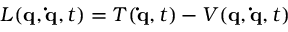
L ( \mathbf { q } , \mathbf { \dot { q } } , t ) = T ( \mathbf { \dot { q } } , t ) - V ( \mathbf { q } , \mathbf { \dot { q } } , t )